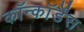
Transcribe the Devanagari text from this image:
कॉन्कॉर्डैंस